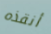
أنقذه